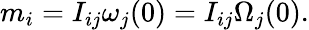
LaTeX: \begin{array}{r}{m_{i}=I_{ij}\omega_{j}(0)=I_{ij}\Omega_{j}(0).}\end{array}